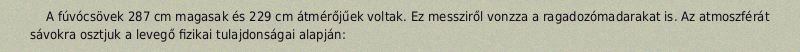
A fúvócsövek 287 cm magasak és 229 cm átmérőjűek voltak. Ez messziről vonzza a ragadozómadarakat is. Az atmoszférát sávokra osztjuk a levegő fizikai tulajdonságai alapján: